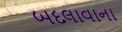
બદલાવાના